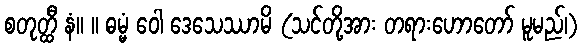
စတုတ္ထီ နံ။ ။ ဓမ္မံ ဝေါ ဒေသေဿာမိ (သင်တို့အား တရားဟောတော် မူမည်၊)